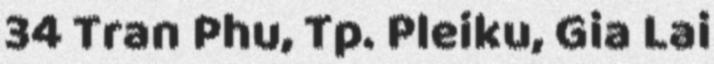
34 Tran Phu, Tp. Pleiku, Gia Lai